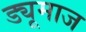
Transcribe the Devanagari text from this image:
ड्यूमाज